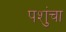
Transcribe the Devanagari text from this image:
पशुंचा